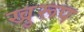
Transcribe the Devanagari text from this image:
खुरूप